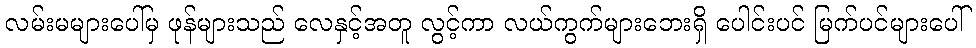
လမ်းမများပေါ်မှ ဖုန်များသည် လေနှင့်အတူ လွင့်ကာ လယ်ကွက်များဘေးရှိ ပေါင်းပင် မြက်ပင်များပေါ်